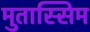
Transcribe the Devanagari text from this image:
मुतास्सिम